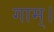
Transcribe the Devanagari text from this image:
गाम्।